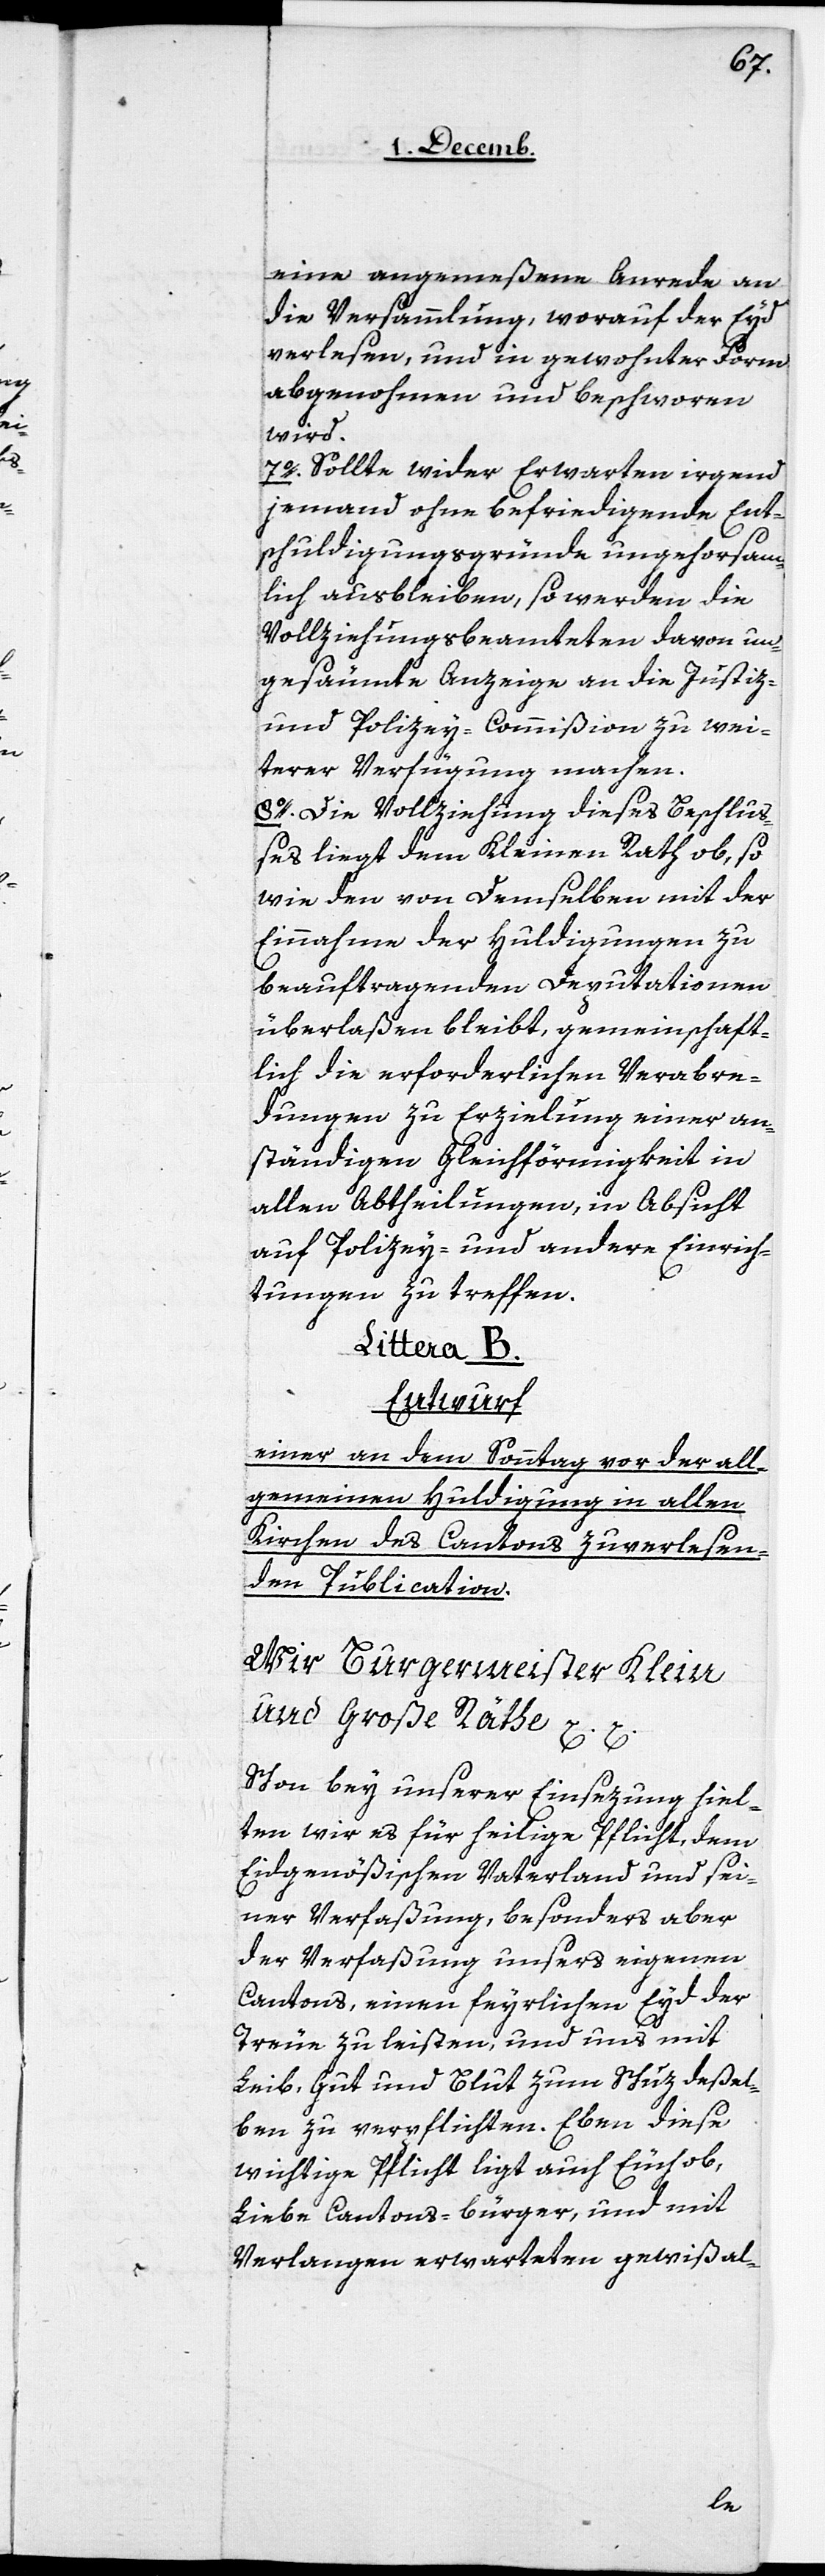
eine angemeßene Anrede an
die Versammlung, worauf der Eyd
verlesen und in gewohnter Form
abgenohmen und beschworen
wird.
7. Sollte wider Erwarten irgend
jemand ohne befriedigende Ent¬
schuldigungsgründe ungehorsam¬
lich ausbleiben, so werden die
Vollziehungsbeamteten davon un¬
gesäumte Anzeige an die Justiz-
und Polizey-Commißion zu wei¬
terer Verfügung machen.
8. Die Vollziehung dieses Beschluß¬
es liegt dem Kleinen Rath ob, so
wie den von Demselben mit der
Einnahme der Huldigungen zu
beauftragenden Deputationen
überlaßen bleibt, gemeinschaft¬
lich die erforderlichen Verabre¬
dungen zu Erzielung einer an¬
ständigen Gleichförmigkeit in
allen Abtheilungen, in Absicht
auf Polizey- und andere Einrich¬
tungen zu treffen.
Littera B.
Entwurf
einer an dem Sonntag vor der all¬
gemeinen Huldigung in allen
Kirchen des Cantons zu verlesen¬
den Publication.
Wir Burgermeister Klein
und Große Räthe etc.
Schon bey unserer Einsezung hiel¬
ten wir es für heilige Pflicht, dem
Eidgenößischen Vaterland und sei¬
ner Verfaßung, besonders aber
der Verfaßung unsers eigenen
Cantons, einen feyerlichen Eyd der
Treue zu leisten, und uns mit
Leib, Gut und Blut zum Schuz deßel¬
ben zu verpflichten. Eben diese
wichtige Pflicht ligt auch Euch ob,
Liebe Cantons-bürger, und mit
Verlangen erwarteten gewiß al-